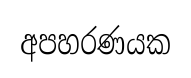
අපහරණයක